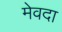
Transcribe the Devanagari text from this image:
मेवदा